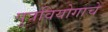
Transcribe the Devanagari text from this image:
पुत्रवियोगाचे